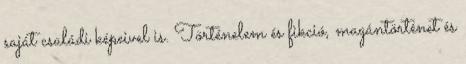
saját családi képeivel is. Történelem és fikció, magántörténet és